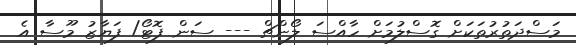
މަސްދަތުރުތަކަށް ގޮސްލުމަށް ހާއްސަ ލޯންޗް --- ސަން ފޮޓޯ/ ފަޔާޒު މޫސާ އެ